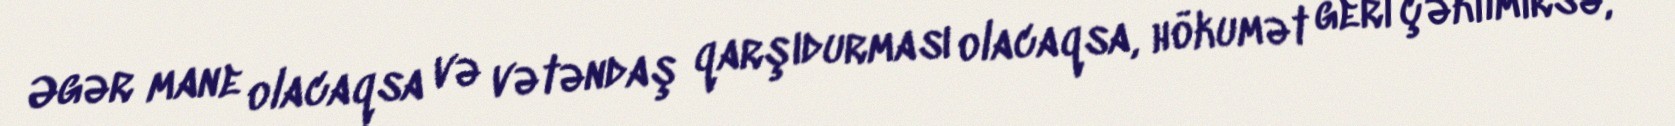
Əgər mane olacaqsa və vətəndaş qarşıdurması olacaqsa, hökumət geri çəkilmirsə,